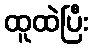
ထူထဲပြီး